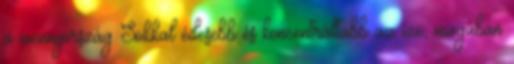
a mennyország Sokkal édesebb és koncentráltabb az íze, magában